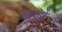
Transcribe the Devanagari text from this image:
गड़हों